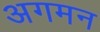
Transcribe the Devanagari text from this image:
अगमन